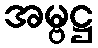
အမ္ဗဋ္ဌ